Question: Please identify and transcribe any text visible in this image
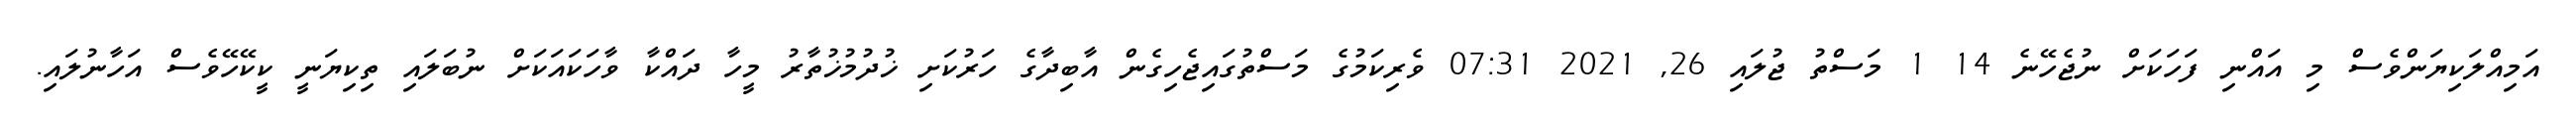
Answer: އަމިއްލަކިޔަންވެސް މި އައްނި ފަހަކަށް ނުޖެހޭނެ 14 1 މަސްތު ޖުލައި 26, 2021 07:31 ވެރިކަމުގެ މަސްތުގައިޖެހިގެން އާބިދާގެ ހަރުކަށި ޚުދުމުޚުތާރު މީހާ ދައްކާ ވާހަކައަކަށް ނުބަލައި ތިކިޔަނީ ކީކޭހޭވެސް އަހާނުލައި.